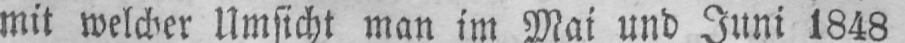
mit welcher Umsicht man im Mai und Juni 1848